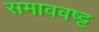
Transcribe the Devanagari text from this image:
समाववष्ट्ट